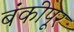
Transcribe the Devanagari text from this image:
बंकीपूर